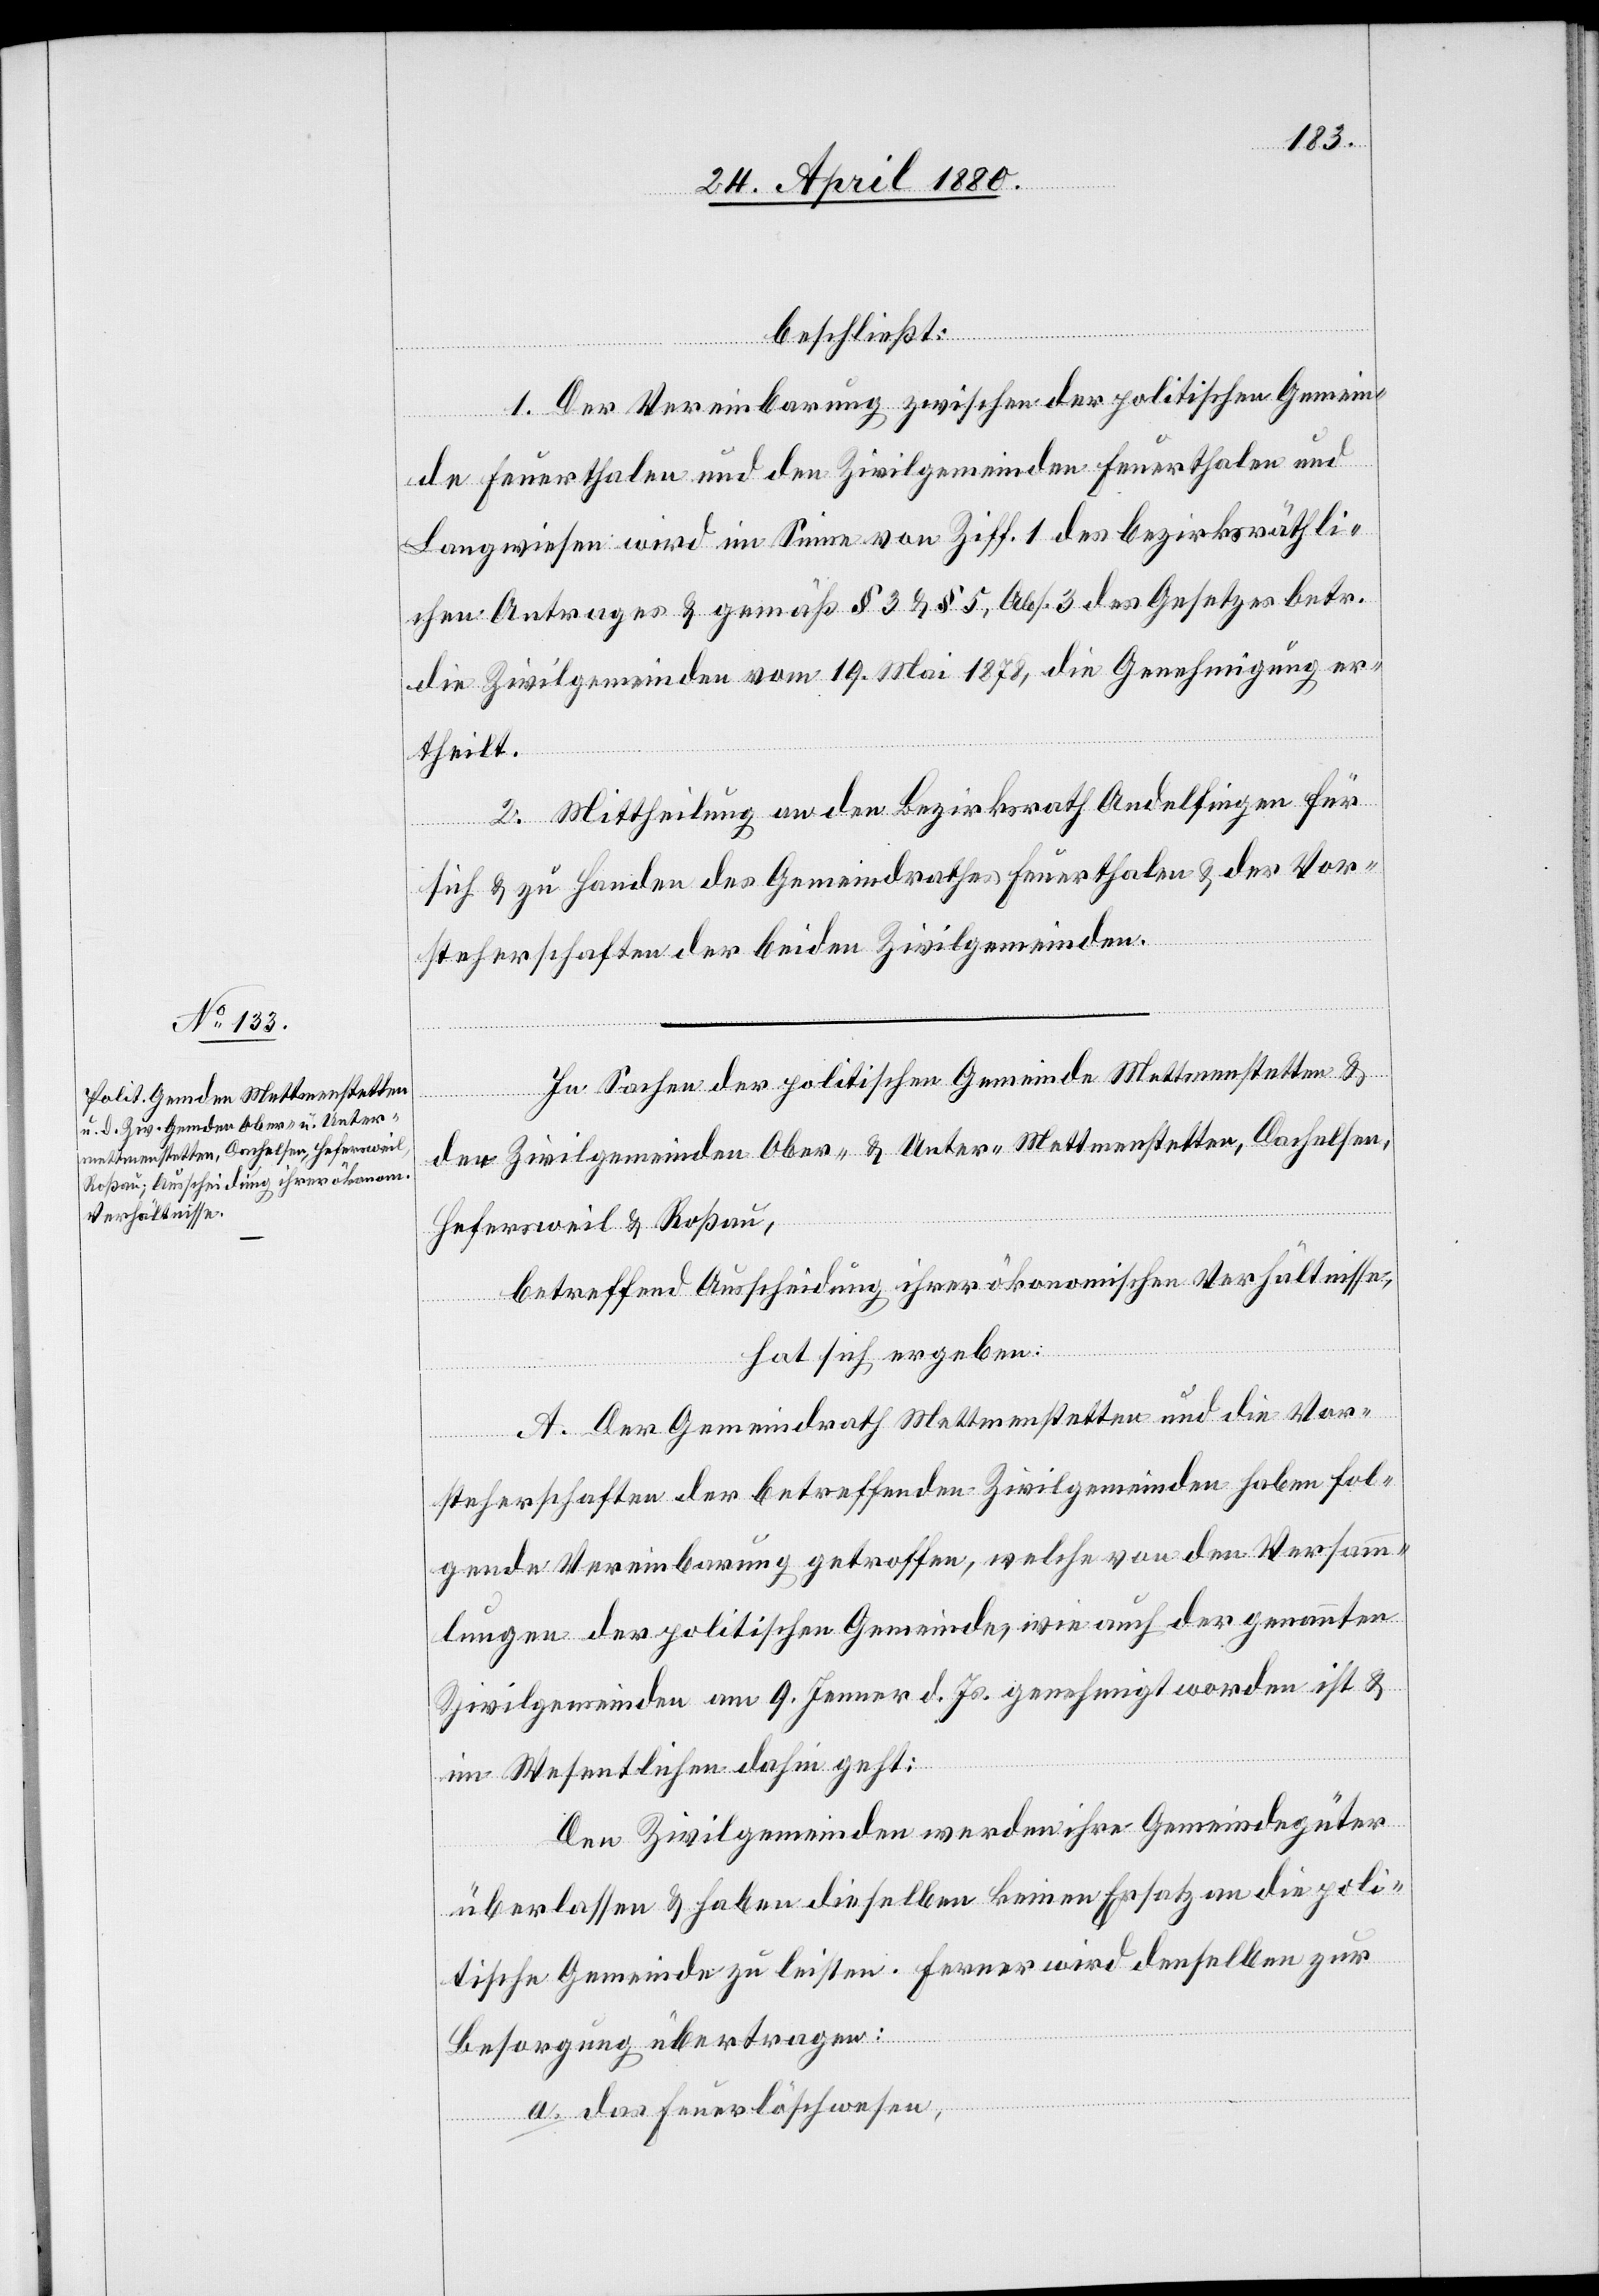
beschließt:
1. Der Vereinbarung zwischen der politischen Gemein¬
de Feuerthalen und den Zivilgemeinden Feuerthalen und
Langwiesen wird im Sinne von Ziff. 1 des bezirksräthli¬
chen Antrages & gemäß § 3 & § 5, Abs. 3 des Gesetzes betr.
die Zivilgemeinden vom 19. Mai 1878, die Genehmigung er¬
theilt.
2. Mittheilung an den Bezirksrath Andelfingen für
sich & zu Handen des Gemeindrathes Feuerthalen & der Vor¬
steherschaften der beiden Zivilgemeinden.
In Sachen der politischen Gemeinde Mettmenstetten &
der Zivilgemeinden Ober- & Unter-Mettmenstetten, Dachelsen,
Hefersweil & Roßau,
betreffend Ausscheidung ihrer ökonomischen Verhältnisse,
hat sich ergeben:
A. Der Gemeindrath Mettmenstetten und die Vor¬
steherschaften der betreffenden Zivilgemeinden haben fol¬
gende Vereinbarung getroffen, welche von den Versamm¬
lungen der politischen Gemeinde, wie auch der genannten
Zivilgemeinden am 9. Jenner d. Js. genehmigt worden ist &
im Wesentlichen dahin geht:
Den Zivilgemeinden werden ihre Gemeindegüter
überlassen & haben dieselben keinen Ersatz an die poli¬
tische Gemeinde zu leisten. Ferner wird denselben zur
Besorgung übertragen:
a. das Feuerlöschwesen,